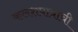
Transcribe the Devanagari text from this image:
कलशपात्राची